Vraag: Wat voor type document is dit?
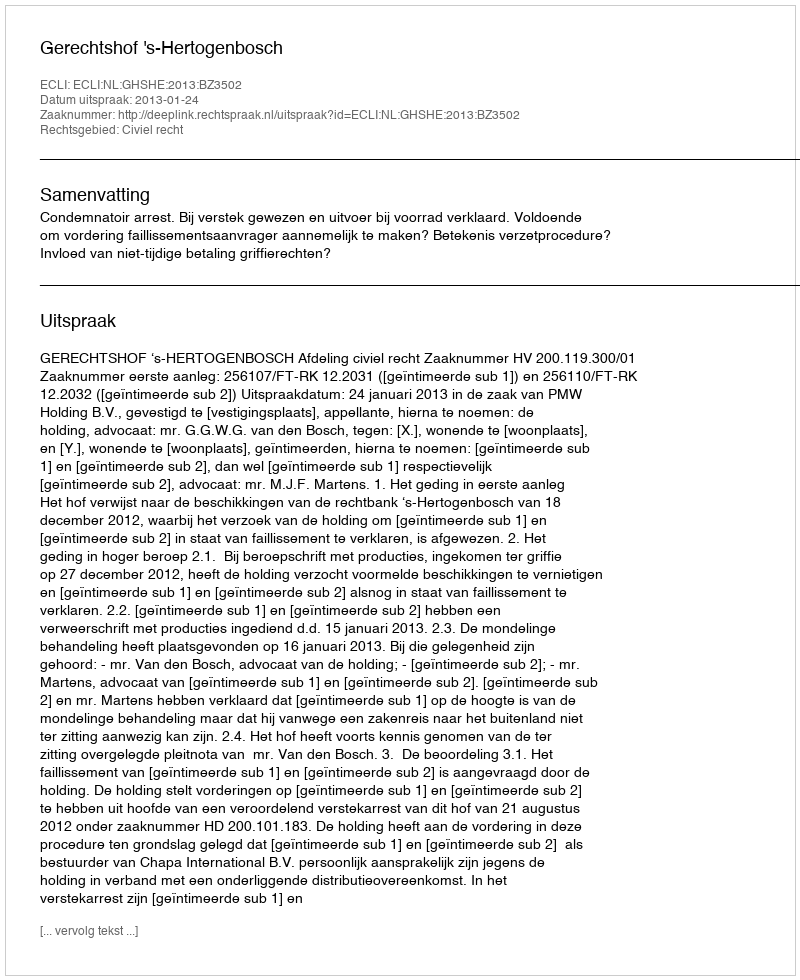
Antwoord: Uitspraak